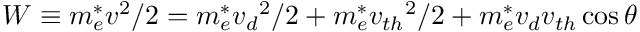
W \equiv m _ { e } ^ { * } v ^ { 2 } / 2 = m _ { e } ^ { * } { v _ { d } } ^ { 2 } / 2 + m _ { e } ^ { * } { v _ { t h } } ^ { 2 } / 2 + m _ { e } ^ { * } { v _ { d } } { v _ { t h } } \cos { \theta }